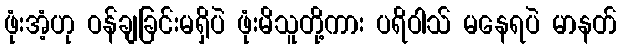
ဖုံးအံ့ဟု ဝန်ချခြင်းမရှိပဲ ဖုံးမိသူတို့ကား ပရိဝါသ် မနေရပဲ မာနတ်